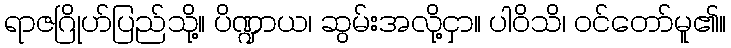
ရာဇဂြိုဟ်ပြည်သို့။ ပိဏ္ဍာယ၊ ဆွမ်းအလို့ငှာ။ ပါဝိသိ၊ ဝင်တော်မူ၏။